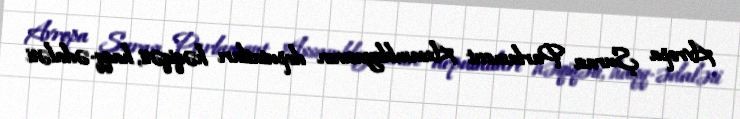
Avropa Şurası Parlament Assambleyasının deputatları həqiqəti, haqq-ədaləti